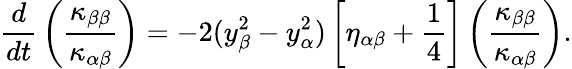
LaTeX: {\frac{d}{dt}}\left({\frac{\kappa_{\beta\beta}}{\kappa_{\alpha\beta}}}\right)=-2(y_{\beta}^{2}-y_{\alpha}^{2})\left[\eta_{\alpha\beta}+{\frac{1}{4}}\right]\left({\frac{\kappa_{\beta\beta}}{\kappa_{\alpha\beta}}}\right).